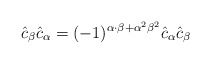
\begin{align*}\hat{c}_{\beta}\hat{c}_{\alpha} = (-1)^{\alpha\cdot\beta + {\alpha}^2{\beta}^2} \hat{c}_{\alpha}\hat{c}_{\beta}\end{align*}